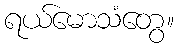
ရယ်မောသံတွေ။